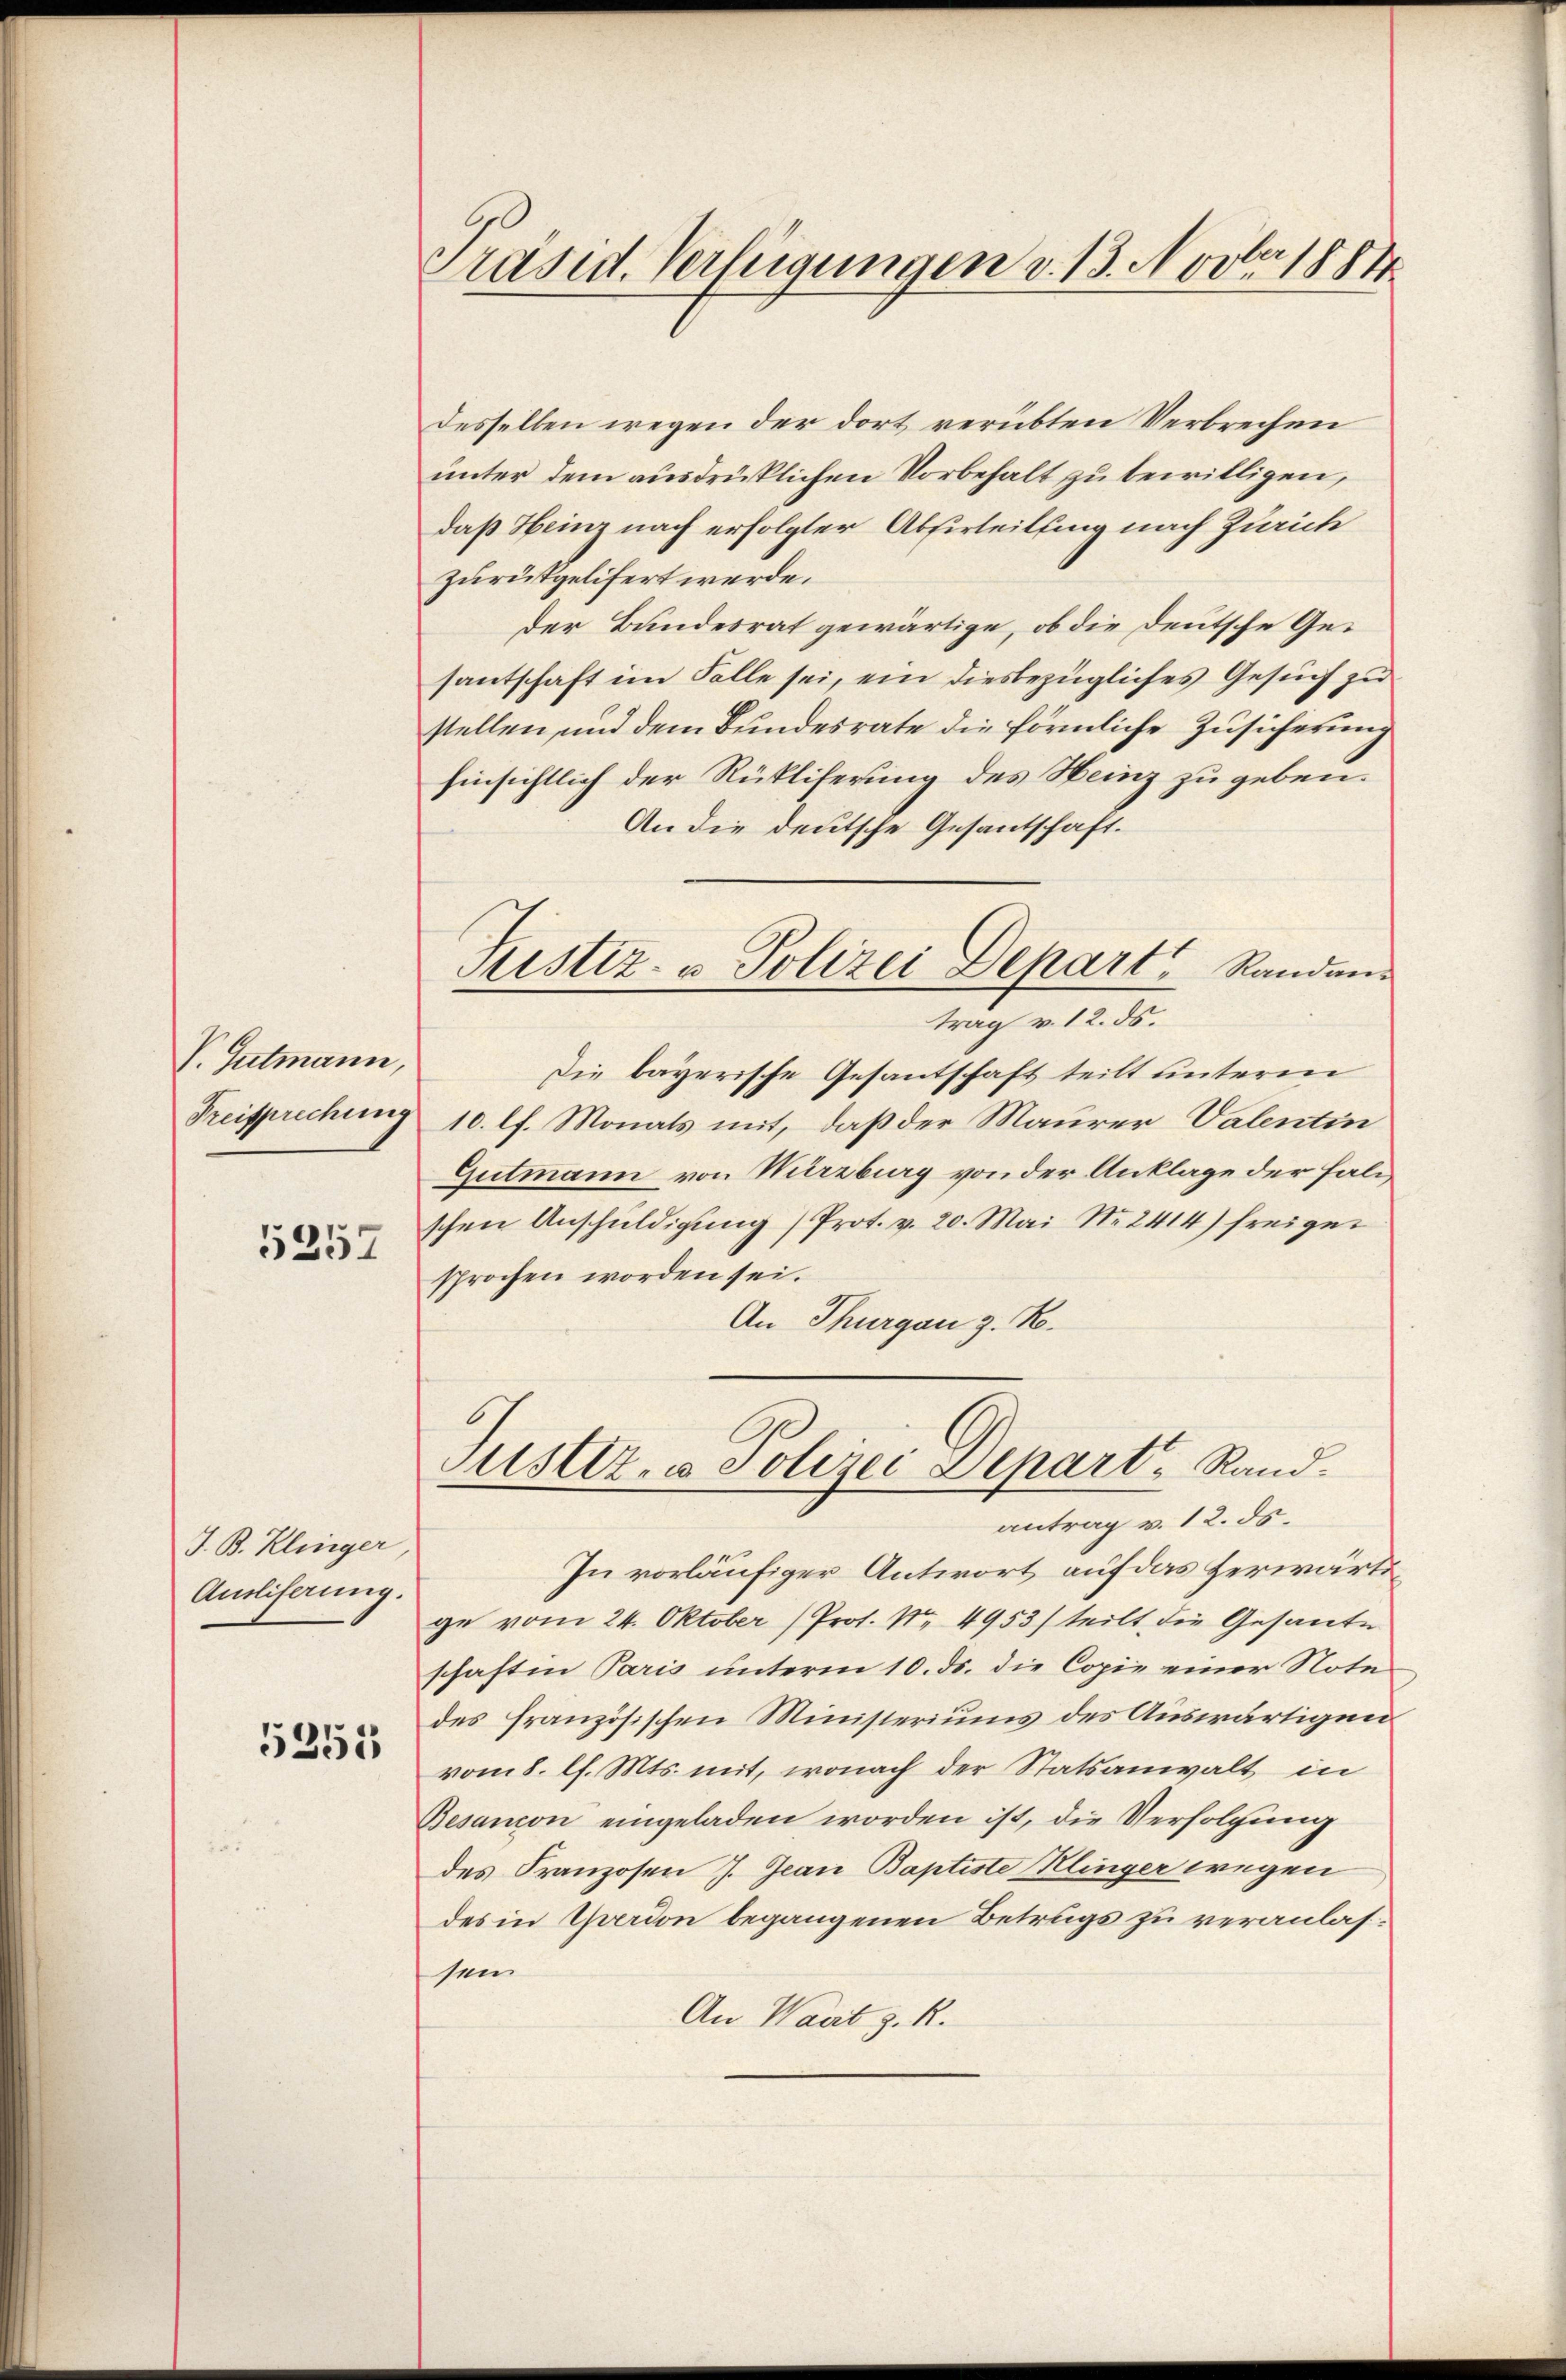
V. Gutmann,
Preisprechung

5257

J. B. Klinger
Amliferung.

5351

Präsid. Verfügungen v. 13. Novbr 1884.

desselben wegen der dort verübten Verbrechen
unter dem ausdrüklichen Vorbehalt zu bewilligen,
daß Heinz nach erfolgter Absirteilung nach Zürich
zurükgelifert werde.
der Bundesrat gewärtige, ob die Deutsche Gesantschaft im Falle sei, ein diesbezügliches Gesuch zu
stellen und dem Bundesrate die förmliche Zusicherung
hinsichtlich der Rükliferung des Heinz zu geben.
An die deutsche Gesantschaft.
Sistiz- u. Polizei Depart Randans
trag v. 12. ds.
Die bayerische Gesantschaft teilt unterm
10. lf. Monats mit, daß der Maurer Valentin
Gutmann von Würzburg von der Anklage der Falischen Anschuldigung) Prot. v. 20. Mai Nr. 2414) freige
sprochen worden sei.
An Thurgau z. R.

Justiz- u Polizei Depart, Randantrag v. 12. ds.

In vorläufiger Antwort auf das herwärtige vom 24. Oktober (Prot. Nr. 4953/ teilt die Gesante
schaft in Paris unterm 10. ds. die Copie einer Note
des französischen Ministeriums des Auswärtigenvom 8. l. Mts. mit, wonach der Statsanwalt in
Besancon eingeladen worden ist, die Verfolgung
des Franzosen J. Jean Baptiste Klinger wegen
des in Yverdon begangenen Betrugs zu veranlassein
An Wart z. R.